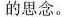
的思念。